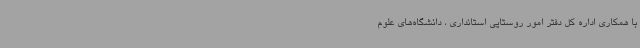
با همکاری اداره کل دفتر امور روستایی استانداری ، دانشگاه‌های علوم